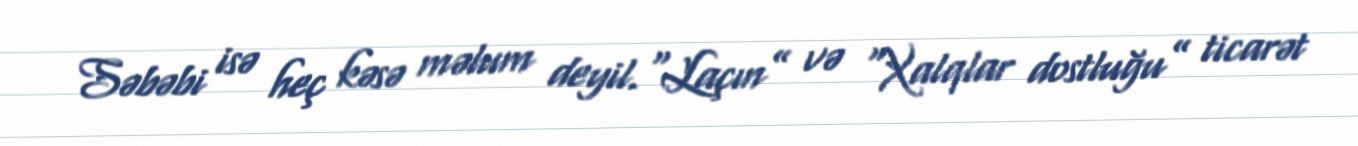
Səbəbi isə heç kəsə məlum deyil.“Laçın” və “Xalqlar dostluğu” ticarət